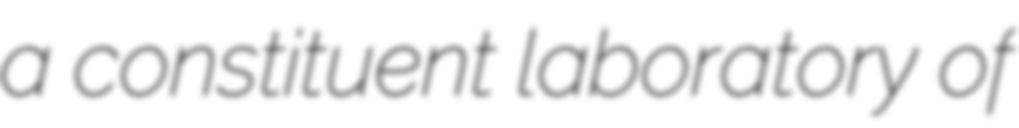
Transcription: a constituent laboratory of